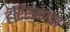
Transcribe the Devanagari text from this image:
हॅरिसनाचा